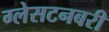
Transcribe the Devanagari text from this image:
ग्लेसटनबरी